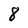
Character: 8